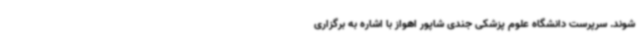
شوند. سرپرست دانشگاه علوم پزشکی جندی شاپور اهواز با اشاره به برگزاری